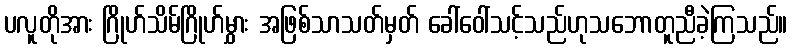
ပလူတိုအား ဂြိုဟ်သိမ်ဂြိုဟ်မွှား အဖြစ်သာသတ်မှတ် ခေါ်ဝေါ်သင့်သည်ဟုသဘောတူညီခဲ့ကြသည်။